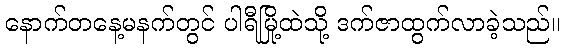
နောက်တနေ့မနက်တွင် ပါရီမြို့ထဲသို့ ဒက်ဇာထွက်လာခဲ့သည်။